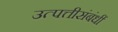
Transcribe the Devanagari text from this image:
उत्पत्तीसंबंधीं